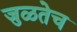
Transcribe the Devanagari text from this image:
जुळतेच